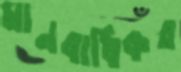
মানবাধিকর